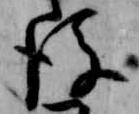
後